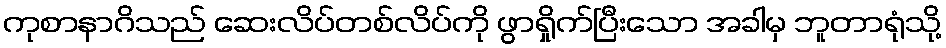
ကုစာနာဂိသည် ဆေးလိပ်တစ်လိပ်ကို ဖွာရှိုက်ပြီးသော အခါမှ ဘူတာရုံသို့